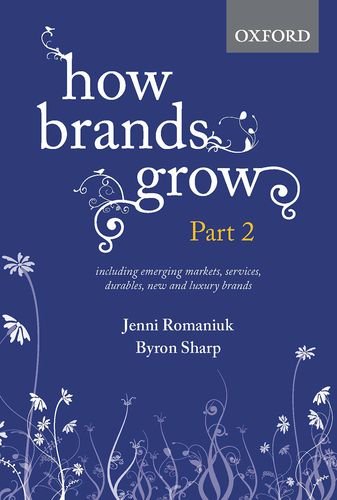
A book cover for How Brands Grow: Part 2: Emerging Markets, Services, Durables, New and Luxury Brands; Jenni Romaniuk; Business & Money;